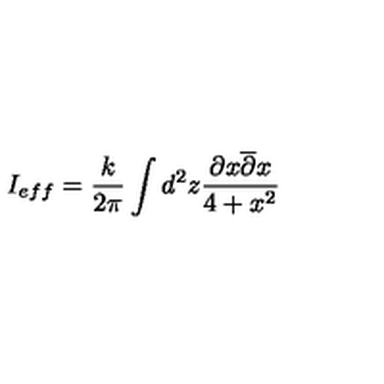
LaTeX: I _ { e f f } = \frac { k } { 2 \pi } \int d ^ { 2 } z \frac { \partial x \overline { { \partial } } x } { 4 + x ^ { 2 } }